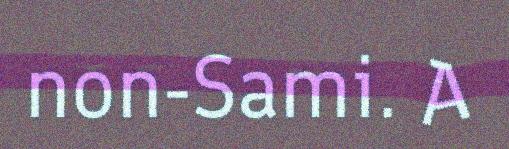
non-Sami. A